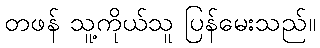
တဖန် သူ့ကိုယ်သူ ပြန်မေးသည်။